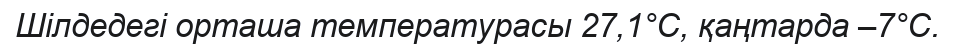
Шілдедегі орташа температурасы 27,1°С, қаңтарда –7°С.